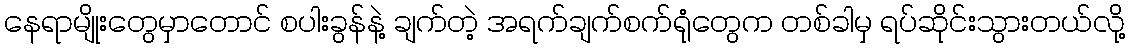
နေရာမျိုးတွေမှာတောင် စပါးခွန်နဲ့ ချက်တဲ့ အရက်ချက်စက်ရုံတွေက တစ်ခါမှ ရပ်ဆိုင်းသွားတယ်လို့